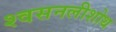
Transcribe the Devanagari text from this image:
श्वसनलीशोथ